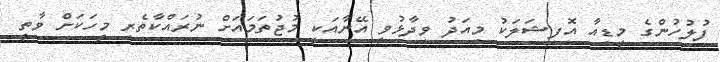
ފުލުހުންގެ މީޑިއާ އޮފިޝަލަކު މިއަދު ވިދާޅުވީ އޭނާއަކީ މުޖުތަމައަށް ނުރައްކާތެރި މީހަކަށް ވާތީ